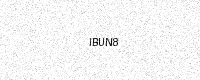
Text: IBUN8